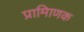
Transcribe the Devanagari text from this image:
प्रामािणक